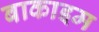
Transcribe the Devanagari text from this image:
बाकाइम